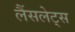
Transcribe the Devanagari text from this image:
लैंसलेट्स